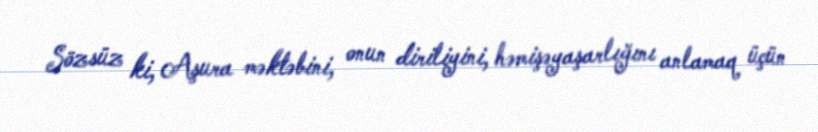
Sözsüz ki, Aşura məktəbini, onun diriliyini, həmişəyaşarlığını anlamaq üçün